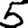
Digit: 5